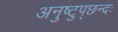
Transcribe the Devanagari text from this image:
अनुष्टुप्‌छन्दः